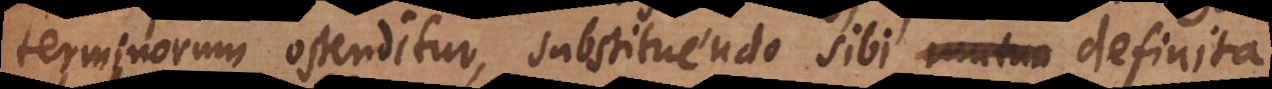
terminorum ostenditur, substituendo sibi mutuo definita